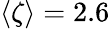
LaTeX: \langle\zeta\rangle=2.6